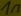
Text: 1n